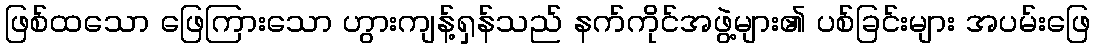
ဖြစ်ထသော ဖြေကြားသော ဟွားကျန့်ရှန်သည် နက်ကိုင်အဖွဲ့များ၏ ပစ်ခြင်းများ အပမ်းဖြေ